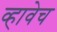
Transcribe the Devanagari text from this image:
व्हावेच